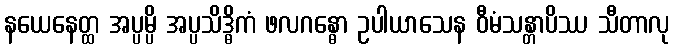
နယေနေတ္ထ အပ္ပမ္ပိ အပ္ပသိဒ္ဓိကံ ဖလဂန္ဓော ဥပါယာသေန ဝီမံသန္တာပိဿ သီတာလု